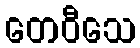
တေဝီသေ